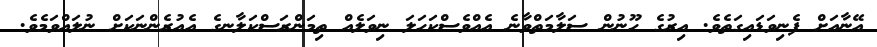
އޭނާއަށް ފެނިވަޑައިގަތެވެ. އިރުގެ ހޫނުން ސަލާމަތްވާނެ އެއްވެސްކަހަލަ ނިވަލެއް ތިމަންރަސްކަލާނގެ އެއުރެންނަކަށް ނުލައްވަމެވެ.